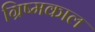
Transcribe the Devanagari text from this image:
ग्रिष्मकाल